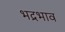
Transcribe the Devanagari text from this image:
भद्रभाव